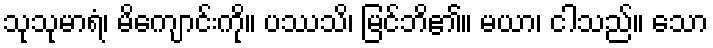
သုသုမာရံ၊ မိကျောင်းကို။ ပဿသိ၊ မြင်ဘိ၏။ မယာ၊ ငါသည်။ သော